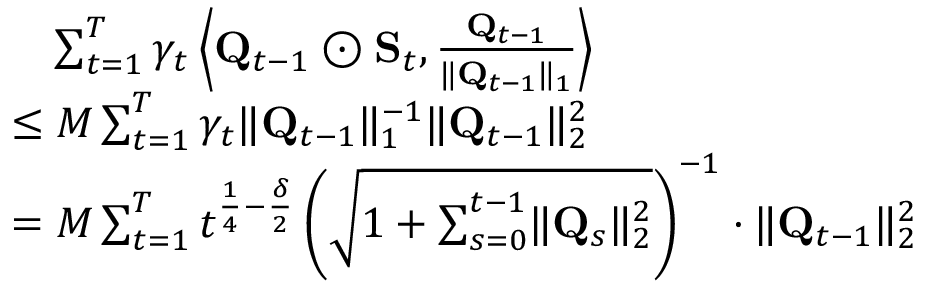
\begin{array} { r l } & { \quad \sum _ { t = 1 } ^ { T } \gamma _ { t } \left\langle \mathbf Q _ { t - 1 } \odot \mathbf S _ { t } , \frac { \mathbf Q _ { t - 1 } } { \lVert \mathbf Q _ { t - 1 } \rVert _ { 1 } } \right\rangle } \\ & { \le M \sum _ { t = 1 } ^ { T } \gamma _ { t } \lVert \mathbf Q _ { t - 1 } \rVert _ { 1 } ^ { - 1 } \lVert \mathbf Q _ { t - 1 } \rVert _ { 2 } ^ { 2 } } \\ & { = M \sum _ { t = 1 } ^ { T } t ^ { \frac 1 4 - \frac \delta 2 } \left( \sqrt { 1 + \sum _ { s = 0 } ^ { t - 1 } \lVert \mathbf Q _ { s } \rVert _ { 2 } ^ { 2 } } \right) ^ { - 1 } \cdot \lVert \mathbf Q _ { t - 1 } \rVert _ { 2 } ^ { 2 } } \end{array}